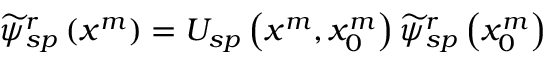
\begin{array} { r } { \widetilde { \psi } _ { s p } ^ { r } \left( x ^ { m } \right) = U _ { s p } \left( x ^ { m } , x _ { 0 } ^ { m } \right) \widetilde { \psi } _ { s p } ^ { r } \left( x _ { 0 } ^ { m } \right) } \end{array}